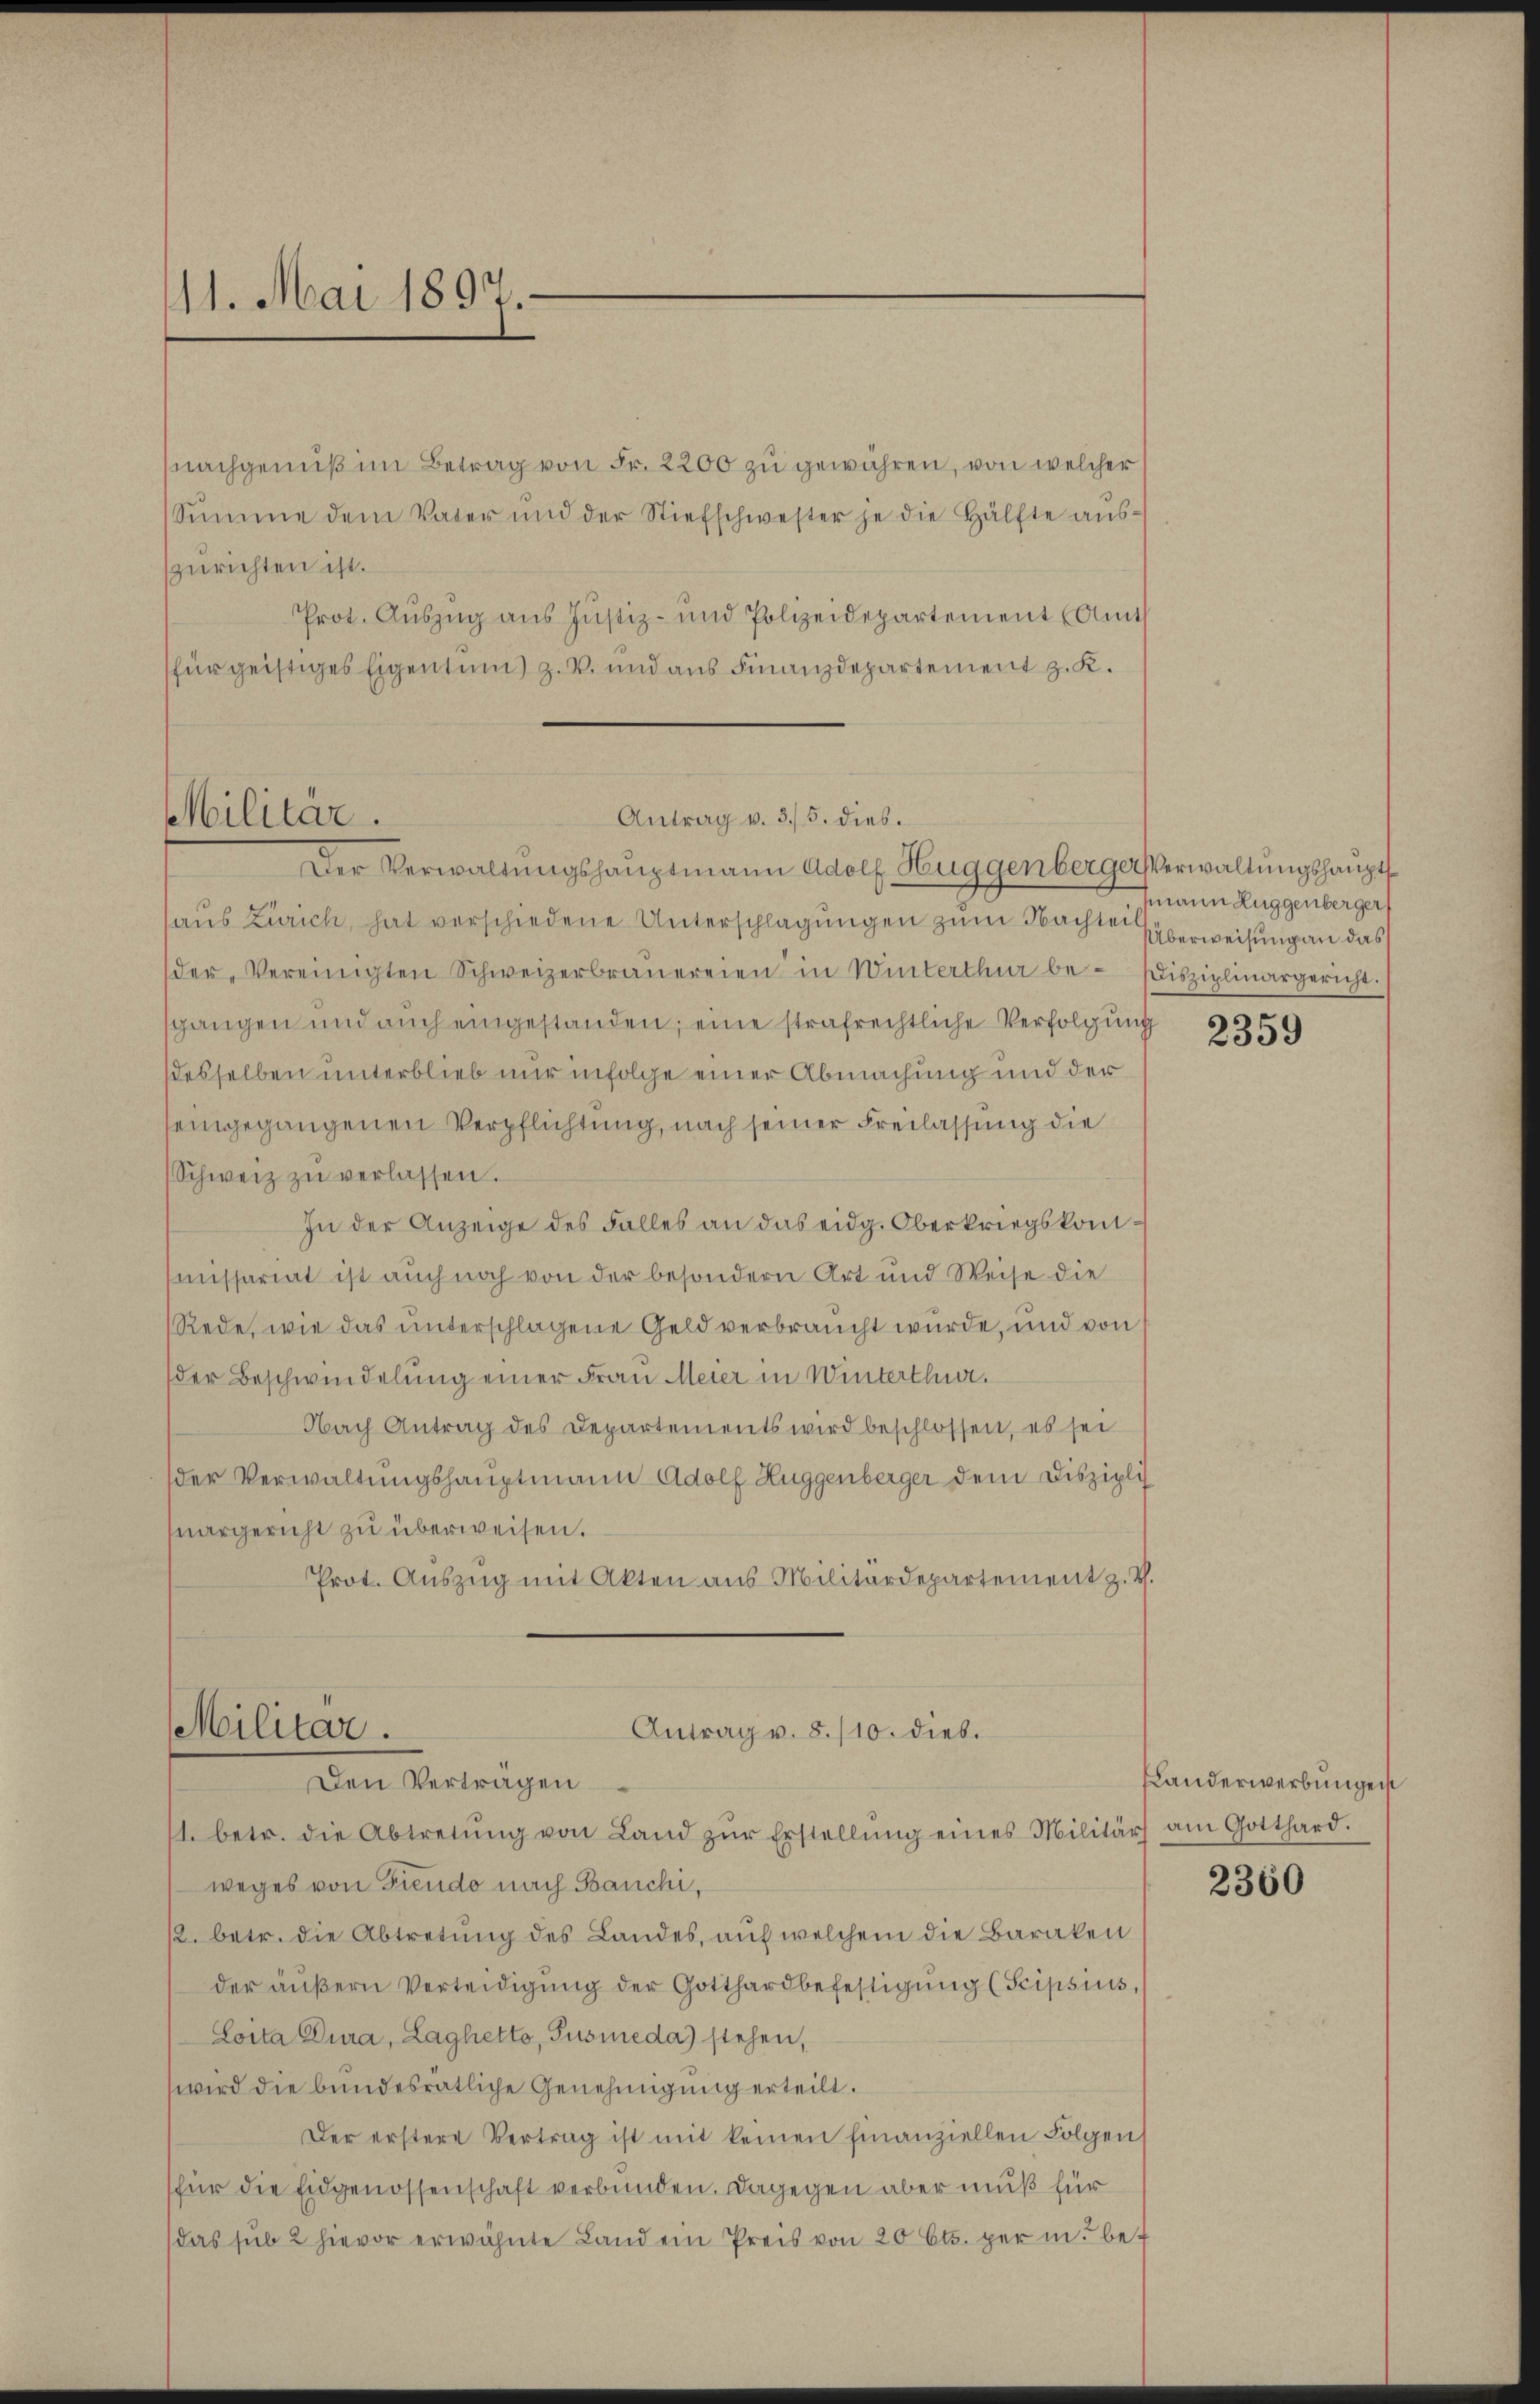
11. Mai 1897.

nachgenuß im Betrag von Fr. 2200 zu gewähren, von welcher
Sŭmme dem Vater und der Stiefschwester je die Hälfte aŭs-
zurichten ist.
Prot. Auszug aus Justiz- und Polizeidepartement (Am
für geistiges Eigentum) z. B. und aus Finanzdepartement z. K.

Militär.

haus Zürich, hat verschiedene Unterschlagungen zum Nachte Überweisung an das
der Vereinigten Schweizerbraŭereien in Winterthur be-Disziplinargericht.
sgangen und auch eingestanden; eine strafrechtliche Verfolgung
desselben unterblieb nur infolge einer Abmachung und der
seingegangenen Verpflichtung, nach seiner Freilassung die
Schweiz zŭ verlassen.
In der Anzeige des Falles an das eidg. Oberkriegskommissariat ist auch noch von der besondern Art und Weise die
Rede, wie das unterschlagene Geld verbraucht wurde, und von
der Beschwindelung einer Frau Meier in Winterthur.
Nach Antrag des Departements wird beschlossen, es sei
der Verwaltungshauptmann Adolf Huggenberger dem Diszipli
margericht zu überweisen.
Prot. Auszug mit Akten aus Militärdepartement z. B.

Antrag v. 3./5. dies.
Der Verwaltungshauptmann Adolf Huggenberger Verwaltungshaupt¬

Militar.
Antrag v. 8./10. dieb.
Den Verträgen

11. betr. die Abtretŭng von Land zŭr Erstellŭng eines Militärs am Gotthard.
weges von Freude nach Banchi,
12. betr. die Abtretung des Landes, auf welchem die Baraken
der äŭβern Verteidigŭng der Gotthardbefestigung (Scipsius,
Loita Cura, Laghetto, Pusmeda) stehen,
wird die bundesrätliche Genehmigung erteilt.
Der erstere Vertrag ist mit keinen finanziellen Folgen
(für die Eidgenossenschaft verbunden. Dagegen aber muß für
(das sub 2 hievor erwähnte Land ein Preis von 20 Cts. per in bef

mann Zuggenberger

2359

Kanderwerbungen

2360